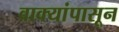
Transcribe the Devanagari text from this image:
वाक्यांपासून